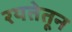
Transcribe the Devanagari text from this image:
रयतेतून